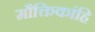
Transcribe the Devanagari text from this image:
मौक्तिकांहि